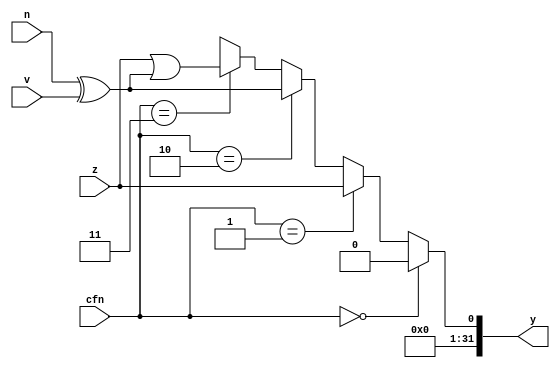
module alu_cmp (
    input             z,
    input             v,
    input             n,
    input       [1:0] cfn,

    output     [31:0] y
);

function mux4;
    input [3:0] a;
    input [1:0] sel;
    begin
        if (sel == 2'b00) mux4 = a[0];
        else if (sel == 2'b01) mux4 = a[1];
        else if (sel == 2'b10) mux4 = a[2];
        else if (sel == 2'b11) mux4 = a[3];
    end
endfunction

wire [3:0] cmp;
assign cmp[0] = 1'b0;
assign cmp[1] = z;
assign cmp[2] = n ^ v;
assign cmp[3] = z | (n ^ v);

assign y = {31'd0, mux4(cmp, cfn)};

endmodule